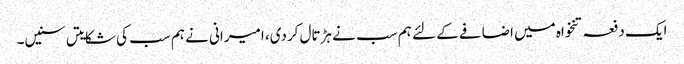
ایک دفعہ تنخواہ میں اضافے کے لئے ہم سب نے ہڑتال کردی، امیرانی نے ہم سب کی شکایتں سنیں۔